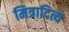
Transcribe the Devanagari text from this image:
मित्रादित्य